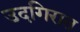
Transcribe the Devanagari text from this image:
उदगिरात